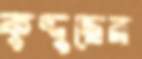
কুদ্দুছের